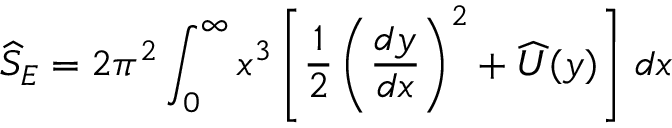
\widehat S _ { E } = 2 \pi ^ { 2 } \int _ { 0 } ^ { \infty } x ^ { 3 } \left[ \frac 1 2 \left( { \frac { d y } { d x } } \right) ^ { 2 } + \widehat U ( y ) \right] \, d x